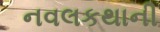
નવલકથાની